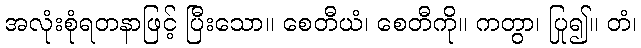
အလုံးစုံရတနာဖြင့် ပြီးသော။ စေတီယံ၊ စေတီကို။ ကတွာ၊ ပြု၍။ တံ၊